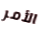
الأمر